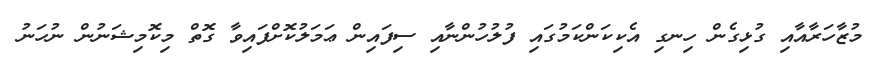
މުޒާހަރާއާއި ގުޅިގެން ހިނގި އެކިކަންކަމުގައި ފުލުހުންނާއި ސިފައިން ޢަމަލުކޮށްފައިވާ ގޮތް މިކޮމިޝަނުން ނުހަނު